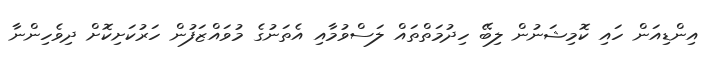
އިންޑިއަން ހައި ކޮމިޝަނުން ލިބޭ ހިދުމަތްތައް ލަސްވުމާއި އެތަނުގެ މުވައްޒަފުން ހަރުކަށިކޮށް ދިވެހިންނާ